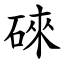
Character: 䂾